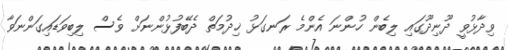
ވިދާޅުވީ ދޫނިދޫގައި ލިބެން ހުންނަ އެންމެ ރަނގަޅު ޚިދުމަތް ދެބޭފުޅުންނަށް ވެސް ލިބިވަޑައިގަންނަވާ